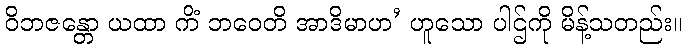
ဝိဘဇန္တော ယထာ ကိံ ဘဝေတိ အာဒိမာဟ’ ဟူသော ပါဌ်ကို မိန့်သတည်း။